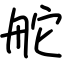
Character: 舵